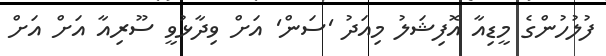
ފުލުހުންގެ މީޑިއާ އޮފިޝަލު މިއަދު 'ސަން' އަށް ވިދާޅުވީ ސޫރިއާ އަށް އަށް